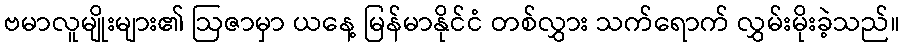
ဗမာလူမျိုးများ၏ ဩဇာမှာ ယနေ့ မြန်မာနိုင်ငံ တစ်လွှား သက်ရောက် လွှမ်းမိုးခဲ့သည်။